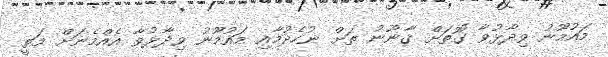
މައުމޫނު ވިދާޅުވާ ގޮތަށް ޤާނޫނު ތަށް ނުހެދުމާއި މައުމޫނު ވިދާޅުވާ އެއްމެނަށް މަތީ